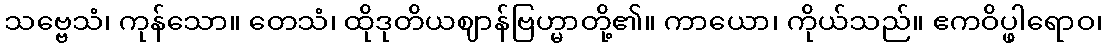
သဗ္ဗေသံ၊ ကုန်သော။ တေသံ၊ ထိုဒုတိယဈာန်ဗြဟ္မာတို့၏။ ကာယော၊ ကိုယ်သည်။ ဧကဝိပ္ဖါရောဝ၊